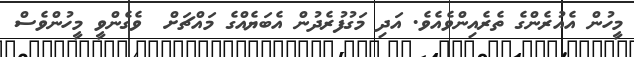
މީހުން އެއުރެންގެ ތެރެއިންވެއެވެ. އަދި މަގުފުރެދުން އެބަޔެއްގެ މައްޗަށް  ވެގެންވީ މީހުންވެސް